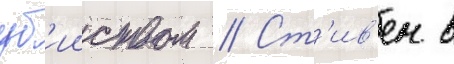
уб'ииством // Ст'ив'ен в